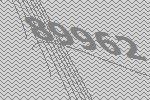
89962